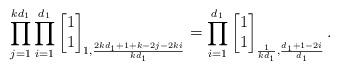
LaTeX: \begin{align*}\prod_{j=1}^{kd_1}\prod_{i=1}^{d_1}\begin{bmatrix}1\\1\end{bmatrix}_{1,\frac{2kd_1 + 1 + k - 2 j - 2k i}{kd_1}}=\prod_{i=1}^{d_1}\begin{bmatrix}1\\1\end{bmatrix}_{\frac{1}{kd_1},\frac{d_1+1-2i}{d_1}}.\end{align*}